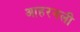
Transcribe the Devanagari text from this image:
आहरनली